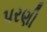
પરણી